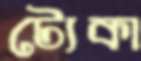
ট্যেকা